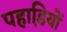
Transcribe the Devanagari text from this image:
पहाडि़यों